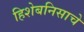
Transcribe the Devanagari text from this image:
हिशेबनिसाचे